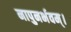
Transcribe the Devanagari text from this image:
नापुनर्भवम्।